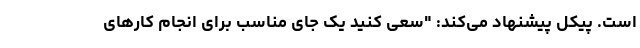
است. پیکل پیشنهاد می‌کند: "سعی کنید یک جای مناسب برای انجام کارهای